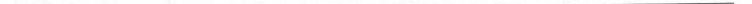
___。